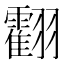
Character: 𦒧